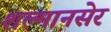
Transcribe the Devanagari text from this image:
शल्मानसेर